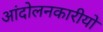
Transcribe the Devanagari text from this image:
आंदोलनकारीयों